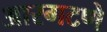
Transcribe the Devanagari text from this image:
आरगटणे